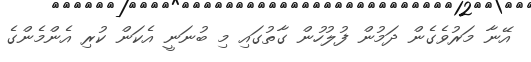
އޭނާ މަރުވެގެން ދަމުން ފުލުހުން ގާތުގައި މި ބުނަނީ އެކަން ކުރި އެންމެންގެ